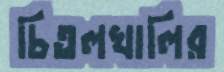
চিতলখালির